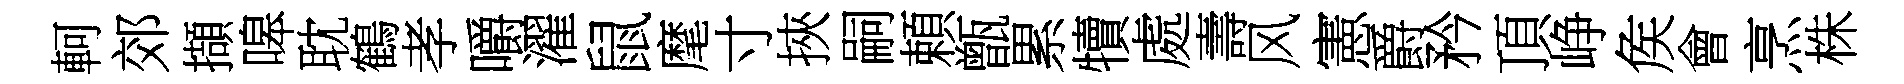
軻郊擷嗥耽鶴孝嚼濯鼠麾寸挾嗣頼甑累犢處壽风憲爵矜頂峥矦會烹株